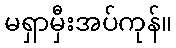
မရှာမှီးအပ်ကုန်။